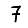
Digit: 7